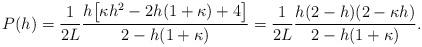
LaTeX: \begin{align*} P(h) = \frac{1}{2L} \frac{h\big[\kappa h^2 - 2h(1+\kappa) + 4\big]}{2 - h(1+\kappa)} = \frac{1}{2L} \frac{h(2-h)(2-\kappa h)}{2 - h(1+\kappa)}.\end{align*}